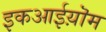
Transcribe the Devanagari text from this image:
इकआईय़ॊम